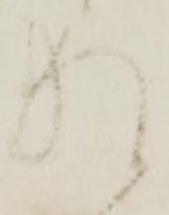
猶